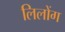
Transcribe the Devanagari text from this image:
लिलोंग